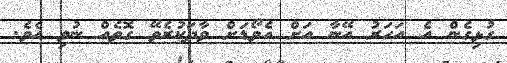
ގުޅިގެން އެ އަހަރު އޭނާ އަށް އެވޯޑަށް ވާދަކުރެވޭ ގޮތެއް ނުވި އެވެ.